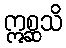
ဣစ္ဆသိ